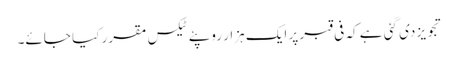
تجویز دی گئی ہے کہ فی قبر پر ایک ہزار روپئے ٹیکس مقرر کیا جائے۔